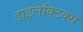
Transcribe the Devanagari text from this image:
डाइलेक्टिक्स